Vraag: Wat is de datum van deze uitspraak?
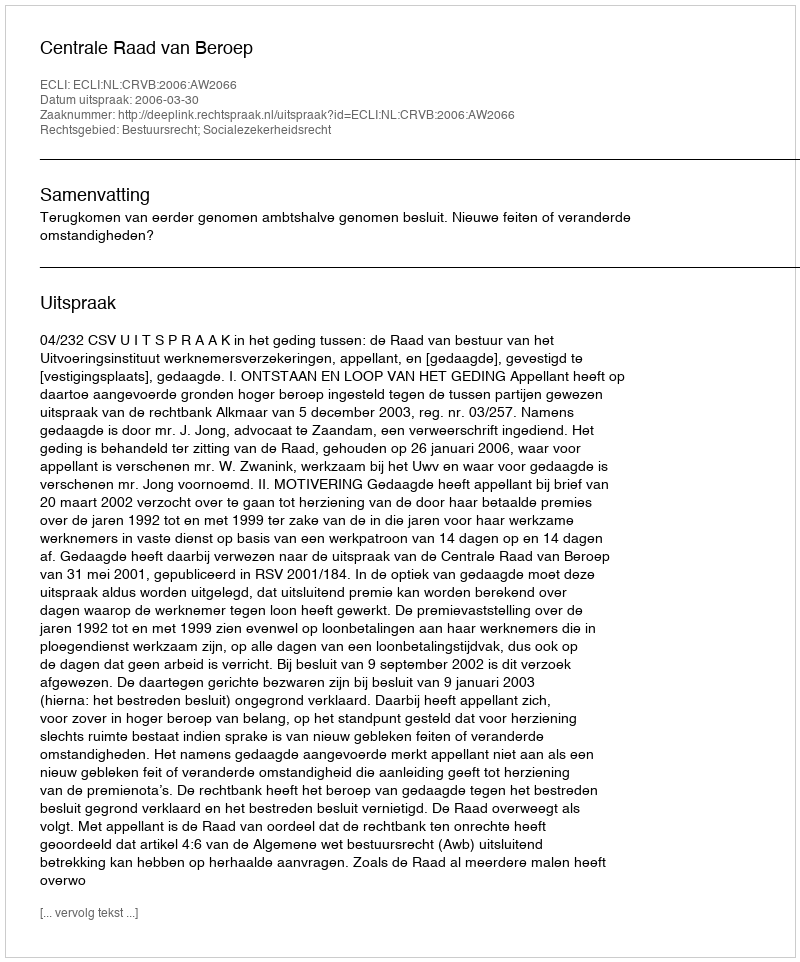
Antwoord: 2006-03-30